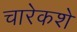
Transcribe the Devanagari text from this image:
चारेकशे